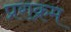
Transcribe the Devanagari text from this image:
प्रराक्रम